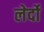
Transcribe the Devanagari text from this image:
लेर्दो